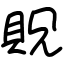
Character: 貺